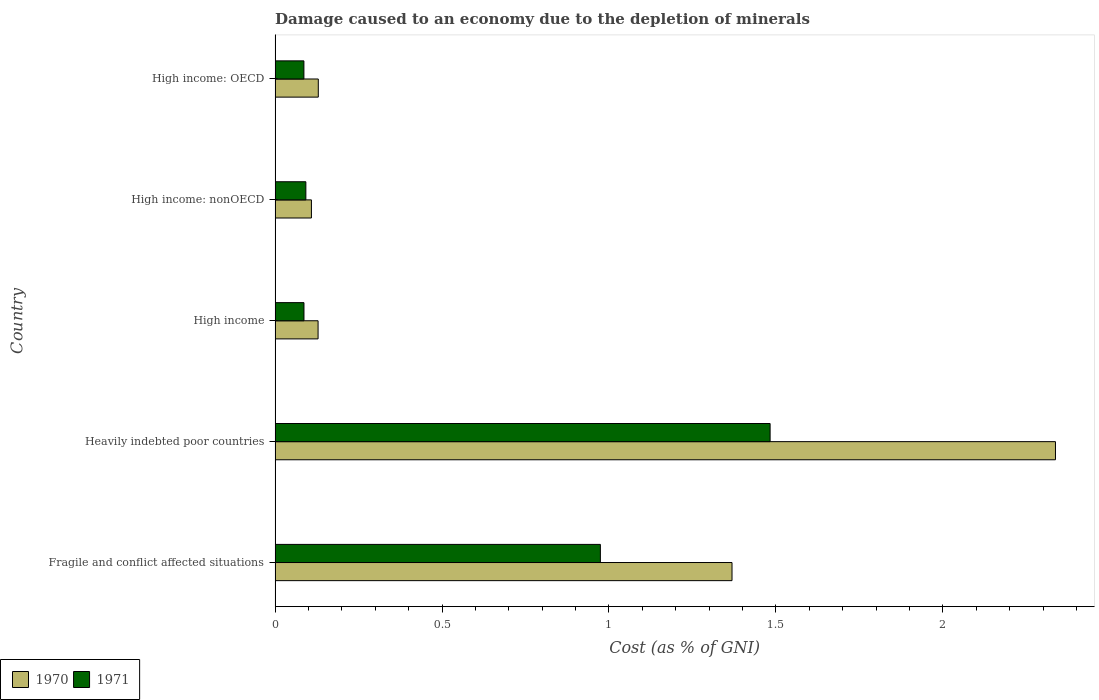
| Country | 1970 | 1971 |
 | --- | --- | --- |
 | Fragile and conflict affected situations | 1.37 | 0.974 |
 | Heavily indebted poor countries | 2.34 | 1.48 |
 | High income | 0.129 | 0.0865 |
 | High income: nonOECD | 0.109 | 0.0922 |
 | High income: OECD | 0.129 | 0.0864 |